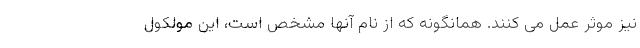
نیز موثر عمل می کنند. همانگونه که از نام آنها مشخص است، این مولکول